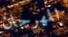
المهرجان